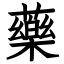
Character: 藥